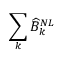
\sum _ { k } \widehat { B } _ { k } ^ { N L }